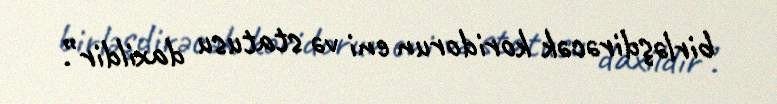
birləşdirəcək koridorun eni və statusu daxildir”.